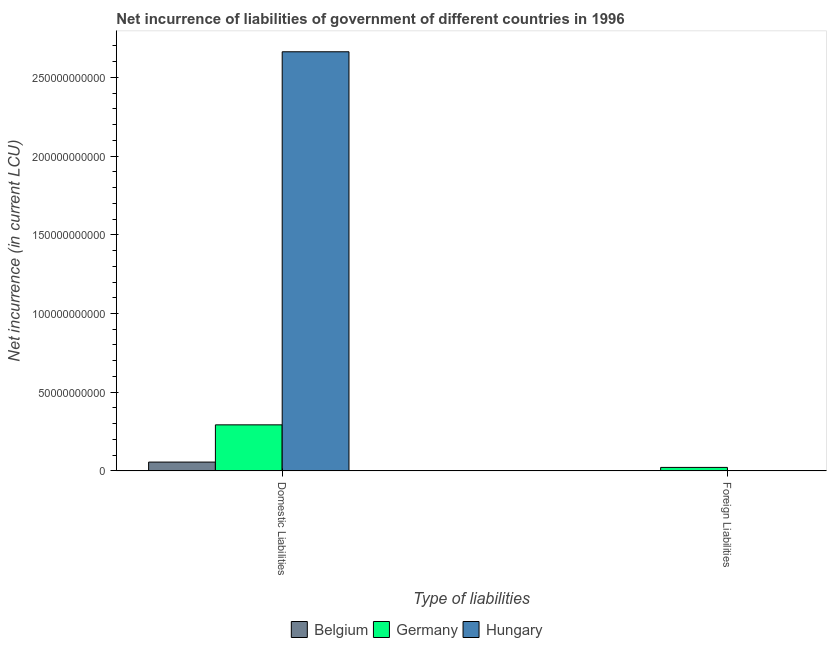
| Type of liabilities | Belgium | Germany | Hungary |
 | --- | --- | --- | --- |
 | Domestic Liabilities | 5.59e+09 | 2.92e+10 | 2.66e+11 |
 | Foreign Liabilities | -4.94e+09 | 2.20e+09 | -4.53e+10 |